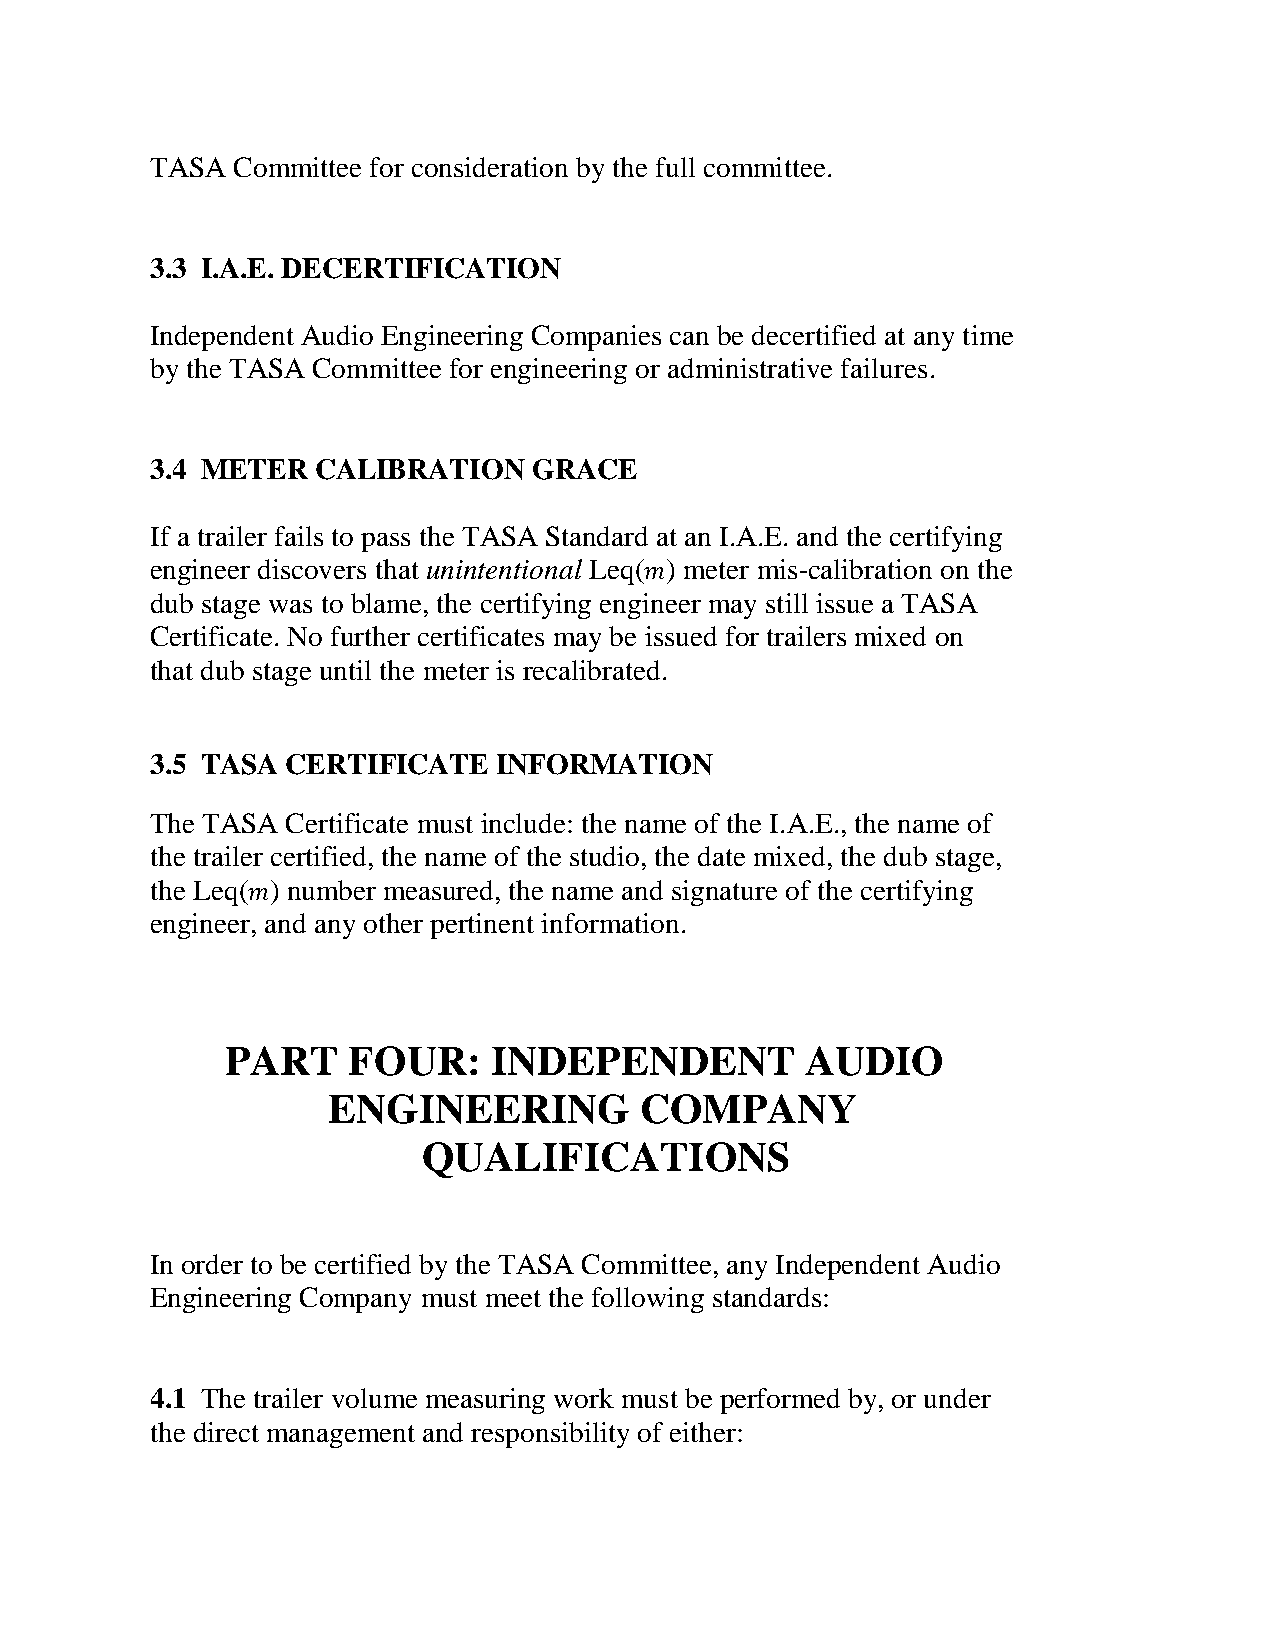
TASA Committee for consideration by the full committee.
 3.3 I.A.E. DECERTIFICATION
 Independent Audio Engineering Companies can be decertified at any time
 by the TASA Committee for engineering or administrative failures.
 3.4 METER  CALIBRATION   GRACE
 If a trailer fails to pass the TASA Standard at an I.A.E. and the certifying
 engineer discovers that unintentional Leq(𝑚) meter mis-calibration on the
 dub stage was to blame, the certifying engineer may still issue a TASA
 Certificate. No further certificates may be issued for trailers mixed on
 that dub stage until the meter is recalibrated.
 3.5 TASA CERTIFICATE   INFORMATION
 The TASA Certificate must include: the name of the I.A.E., the name of
 the trailer certified, the name of the studio, the date mixed, the dub stage,
 the Leq(𝑚) number measured, the name and signature of the certifying
 engineer, and any other pertinent information.
 PART    FOUR:     INDEPENDENT         AUDIO
 ENGINEERING         COMPANY
 QUALIFICATIONS
 In order to be certified by the TASA Committee, any Independent Audio
 Engineering Company must meet the following standards:
 4.1 The trailer volume measuring work must be performed by, or under
 the direct management and responsibility of either: